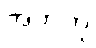
အဘကို